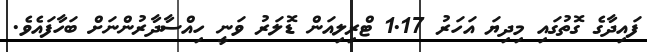
ފައިދާގެ ގޮތުގައި މިދިޔަ އަހަރު 1.17 ޓްރިލިއަން ޑޮލަރު ވަނީ ހިއްސާދާރުންނަށް ބަހާފައެވެ.